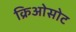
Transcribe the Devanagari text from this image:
क्रिओसोट